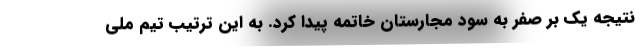
نتیجه یک بر صفر به سود مجارستان خاتمه پیدا کرد. به این ترتیب تیم ملی